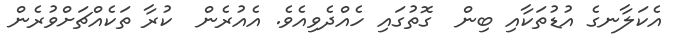
އެކަލާނގެ އުޑުތަކާއި ބިން  ގޮތުގައި ހެއްދެވިއެވެ. އެއުރެން  ކުރާ ތަކެއްޗަށްވުރެން